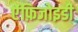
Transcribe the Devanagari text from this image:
ऐंफ़िजोइडी